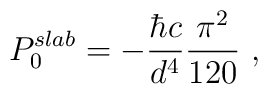
P^{slab}_0=-\frac{\hbar c }{d^4}\frac{\pi^2}{120}\ ,